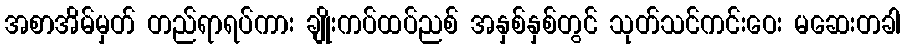
အစာအိမ်မှတ် တည်ရာရပ်ကား ချိုးကပ်ထပ်ညစ် အနှစ်နှစ်တွင် သုတ်သင်ကင်းဝေး မဆေးတခါ